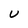
Character: U